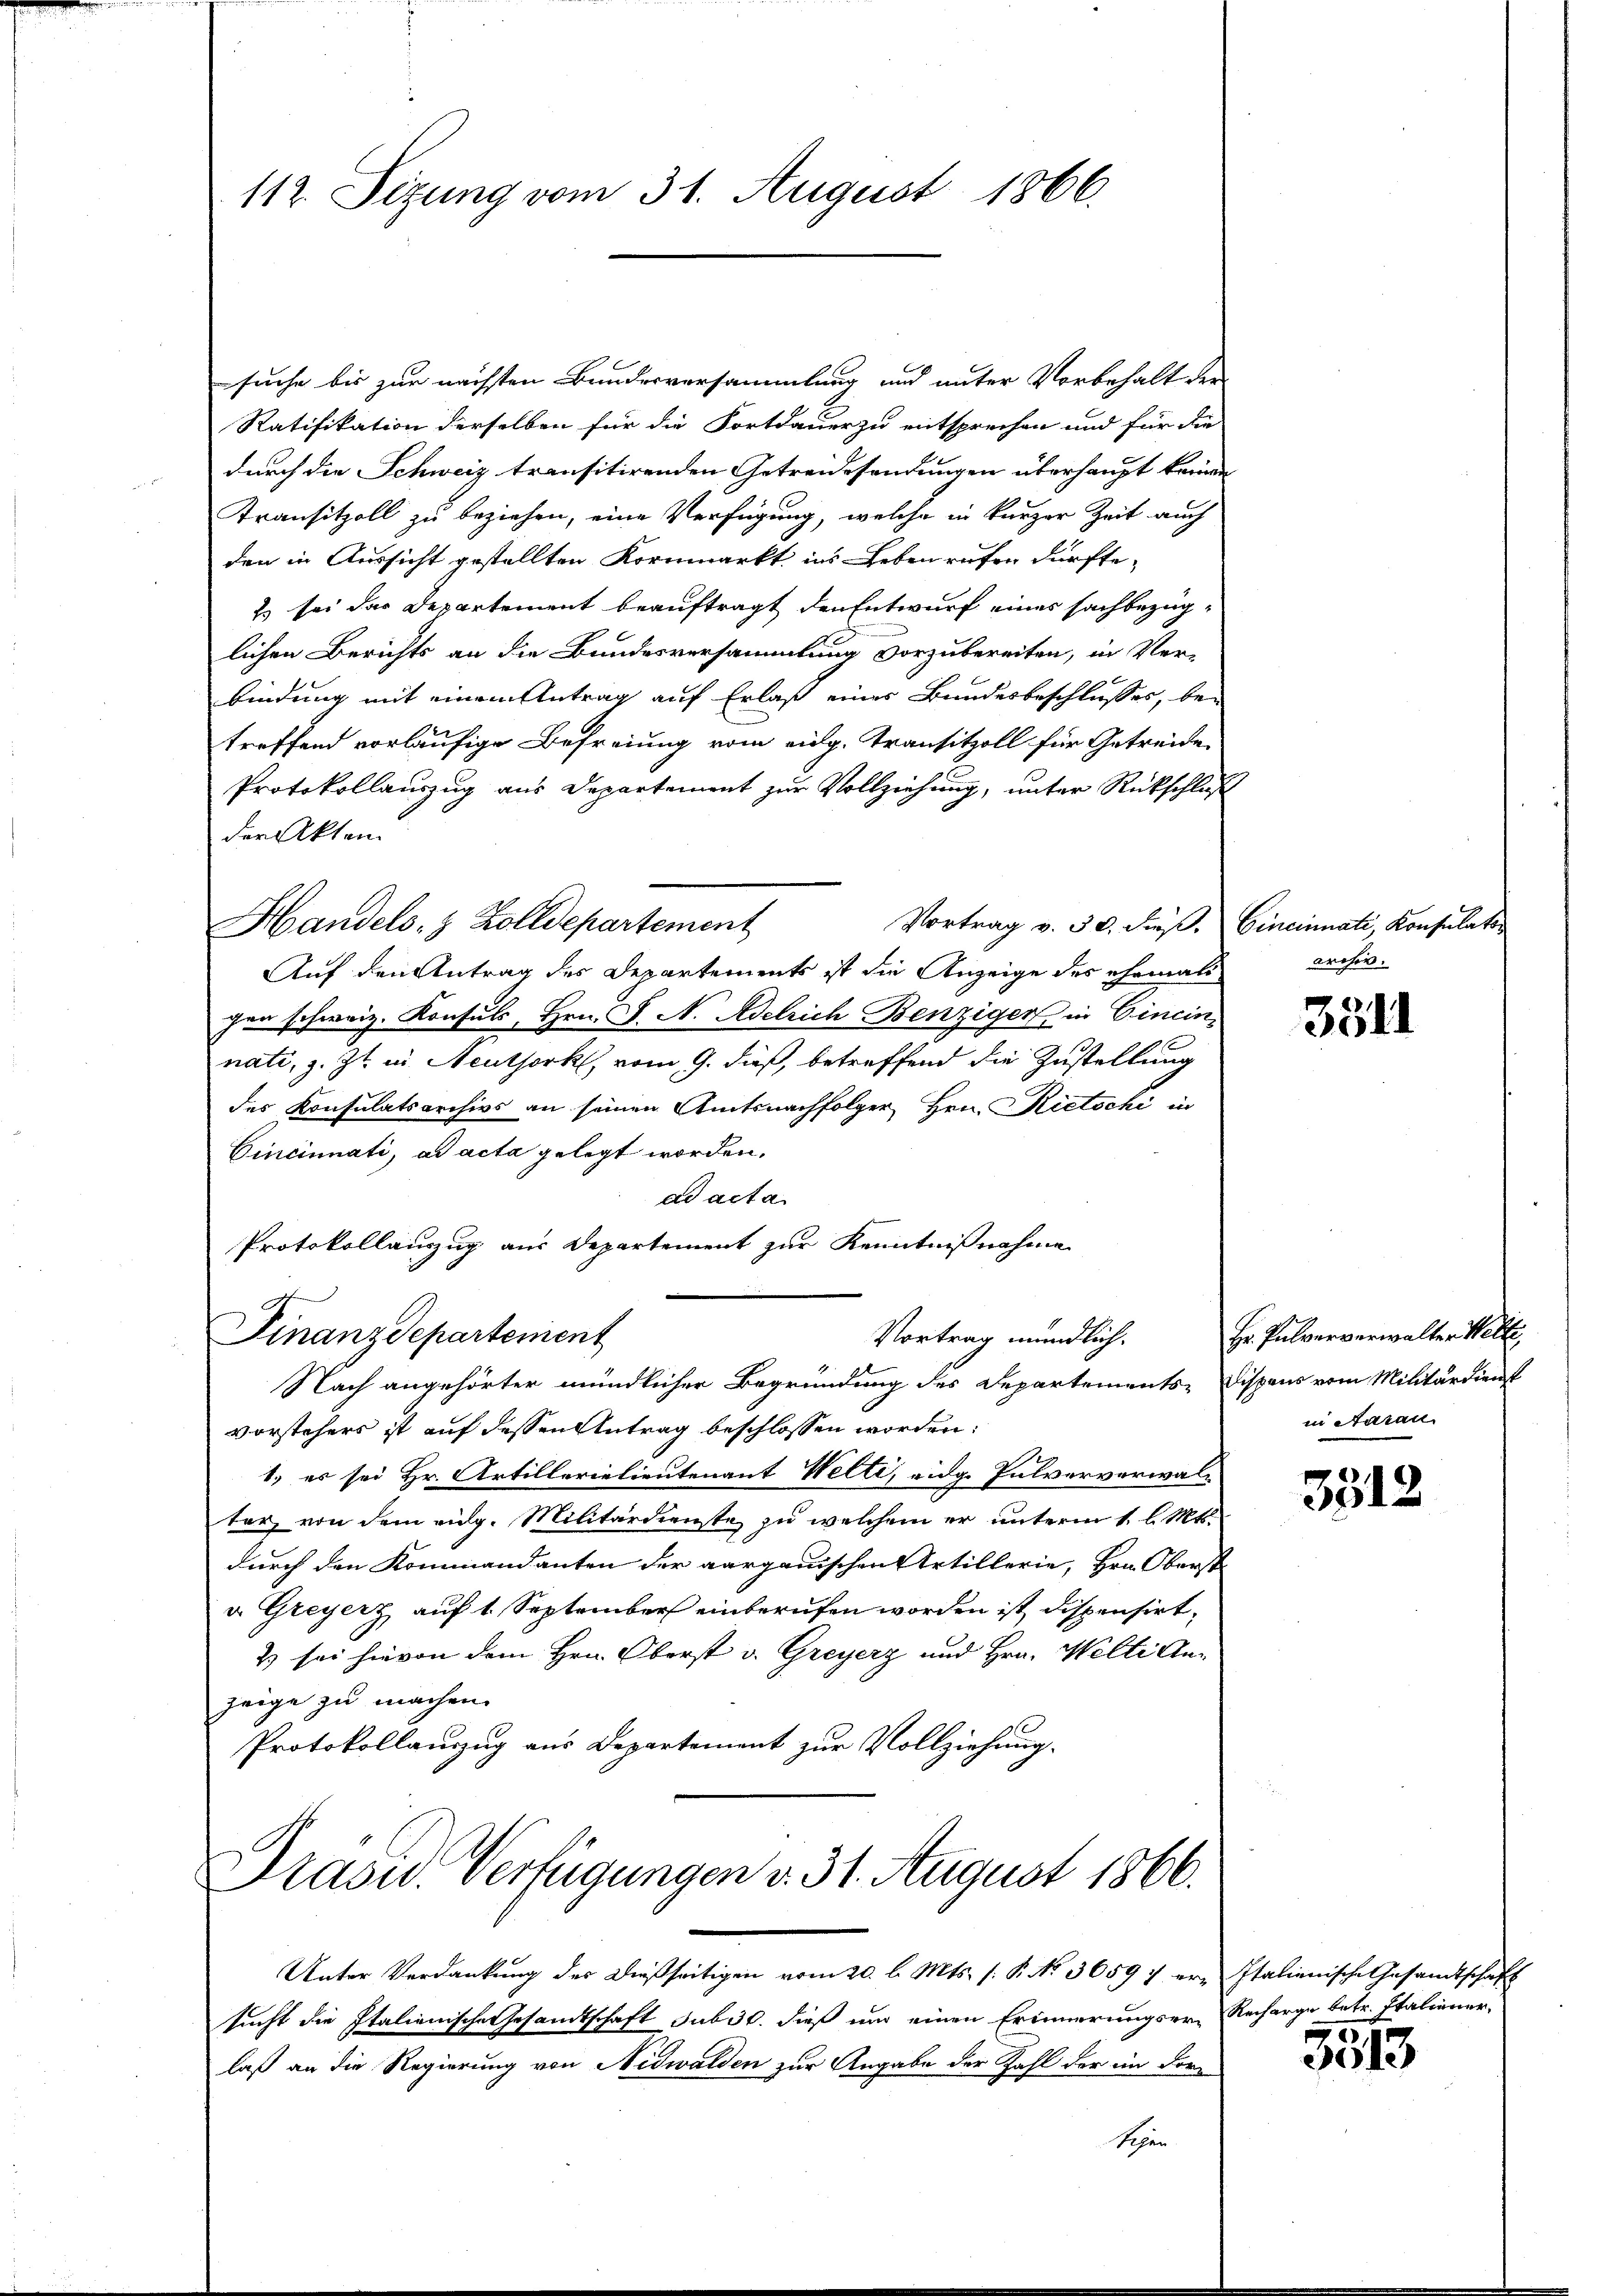
112. Sizung vom 31. August 1866.

suche bis zur nächsten Bundesversammlung und unter Vorbehalt der
Ratifikation derselben für die Fortdauer zu entsprechen und für die
durch die Schweiz transitirenden Getreidesendungen überhaupt keinen
Transitzoll zu beziehen, eine Verfügung, welche in kurzer Zeit auch
den in Aussicht gestellten Kornmarkt ins Leben rufen dürfte-
Es sei das Departement beauftragt den Entwurf eines sachbezüglichen Berichts an die Bundesversammlung vorzubereiten, in Ver-
bindung mit einem Antrag auf Erlaß einer Bundesbeschlusses, be-
treffend vorläufige Befreiung vom eidg. Transitzoll für Getreide
Protokollauszug aus Departement zur Vollziehung, unter Rückschluß
der Akten
Vortrag v. 30. dieß. Cincinnati, Konsulats
Handels- & Zolldepartement
Auf den Antrag des Departements ist die Anzeige des ehemals
gen schweiz. Konsuls, Hrn. F. N. Adelrich Benziger in Cincin
nati, z. Zt. in Neuthork, vom 9. dieß, betreffend die Zustellung
des Konsulatsarchivs an seinen Amtsnachfolger Hrn. Rietschi in
Cincinnati, ad acta gelegt worden.
ad acta
Protokollauszug aus Departement zur Kenntnißnahme
Finanzdepartement
Vortrag mündlich.
Nach angehörter mündlicher Begründung des Departements-Dispens vom Militärdienst
vorstehers ist auf dessen Antrag beschlossen worden:
1.) es sei Hr. Artillerielieutenant Welti, eidg. Pulververwalter, von dem eidg. Militärdienste zu welchem er unterm 1. l. Mts.
durch den Kommandanten der aargauischen Artillerie, Hrn. Oberst
v. Greyerz auf 1. September einberufen worden ist dispensirt,
2 sei hievon dem Hrn. Oberst v. Greyerz und Hrn. Welti Anzeige zu machen.
Protokollauszug aus Departement zur Vollziehung.

Prasid. Verfügungen d. 31. August 1866.

Unter Verdankung des dießseitigen vom 20. l. Mts. s. R. No. 3659 f er-Italienische Gesandtschaft
sucht die Italienische Gesandtschaft sub 30. dieß und einen Erinnerungser-Recharge betr. Italienerlaß an die Regierung von Nidwalden zur Angabe der Zahl der im Form
Schen

archiv.

3511

Hr. Pulververwalter Welte,
in Aarau

3312

3513